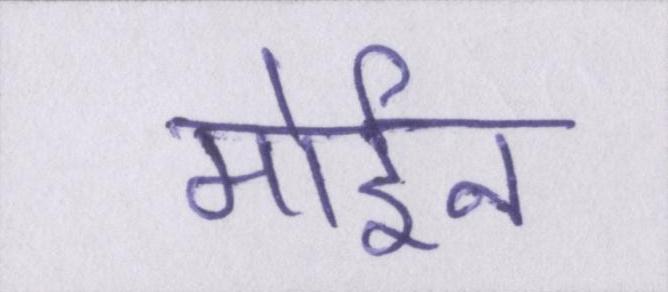
मोईन